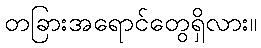
တခြားအရောင်တွေရှိလား။